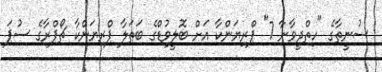
ސުނީތާގެ "ހިތްދީވާނާ 7" ޕްރިޔަންކާ އަށް ބޮލީވުޑްގެ ބަތަލާ ޕްރިޔަންކާ ޗޯޕްރާގެ ސުޕަ